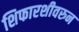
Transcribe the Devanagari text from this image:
शिफारशीवरुन